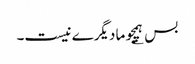
بس ؂ ہمچو ما دیگرے نیست۔